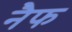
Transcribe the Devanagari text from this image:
नैफ